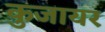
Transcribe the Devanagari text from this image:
कुजायर